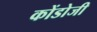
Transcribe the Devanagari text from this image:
कोंडोजी